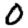
Digit: 0